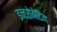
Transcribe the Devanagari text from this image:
इन्टरोगेटिंग